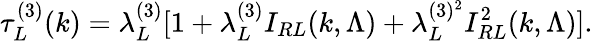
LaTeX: \tau_{L}^{(3)}(k)=\lambda_{L}^{(3)}[1+\lambda_{L}^{(3)}I_{RL}(k,\Lambda)+\lambda_{L}^{(3)^{2}}I_{RL}^{2}(k,\Lambda)].